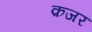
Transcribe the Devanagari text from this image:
क़जर